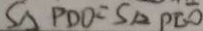
S _ { \Delta P D O } = S _ { \Delta } P E O